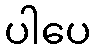
ပါပေ